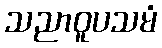
သညာဝူပသမံ